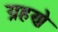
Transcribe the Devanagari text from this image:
ग्रहणे